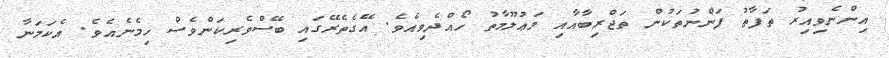
އިންނެވިއިރު ތަފާތު ފަންނުތަކުން ތަޖްރިބާއާއި މަޢުލޫމާތު ހޯއްދެވިއެވެ. އޭގެތެރޭގައި ބޭސްވެރިކަންވެސް ހިމެނެއެވެ. އެކަމަނާ